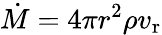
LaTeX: \dot{M}=4\pi r^{2}\rho v_{\mathrm{r}}